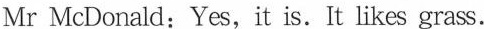
Mr McDonald:Yes, it is.It likes grass.